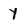
Character: Y